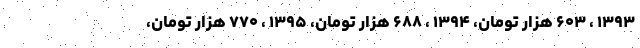
۱۳۹۳ ، ۶۰۳ هزار تومان، ۱۳۹۴ ، ۶۸۸ هزار تومان، ۱۳۹۵ ، ۷۷۰ هزار تومان،